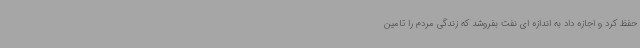
حفظ کرد و اجازه داد به اندازه ای نفت بفروشد که زندگی مردم را تامین